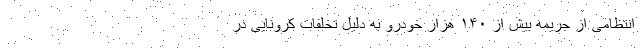
انتظامی از جریمه بیش از ۱۴۰ هزار خودرو به دلیل تخلفات کرونایی در